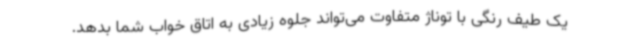
یک طیف رنگی با توناژ متفاوت می‌تواند جلوه زیادی به اتاق خواب شما بدهد.